Lunatic asylums Punjab 1881-1894 - 1881-1894
Year: 1881
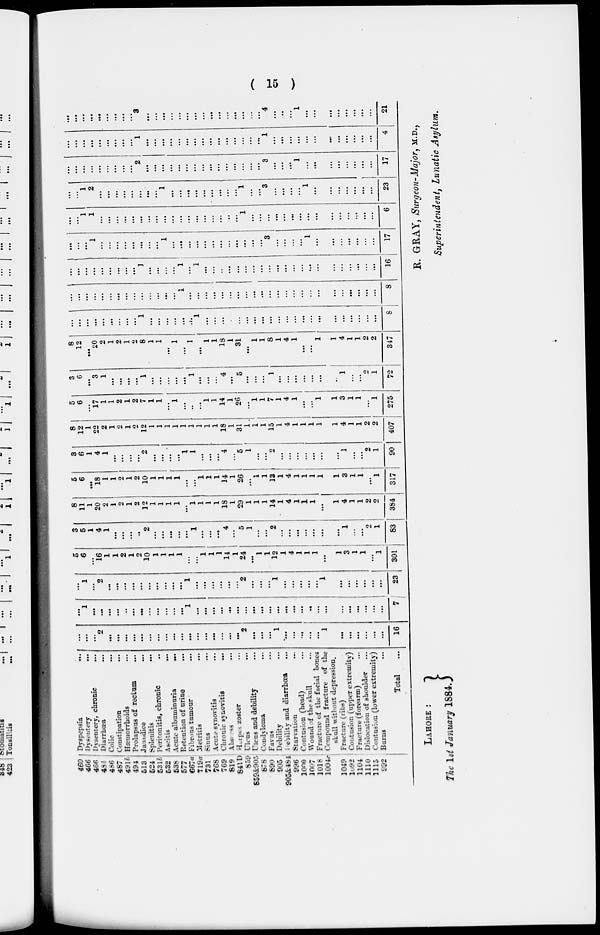
( 15 )
460
466
466
484
486
487
491b
494
513
524
531b
532
536
577
667a
719a
731
768
769
819
841D
859
859&905
878
890
905
905&484
996
1000
1007
1018
1004 c
1049
1092
1104
1110
1115
992
Dyspepsia
...
Dysentery
...
Dysentery, chronic
...
1 Diarrhœa ...
Colic ...
Constipation
...
Hæmorrhoids ...
Prolapsus of rectum ...
Jaundice
...
Splenitis
...
Peritonitis, chronic ...
Ascitis
...
Acute albuminuria
...
Retention of urine ...
Fibrous tumour ...
Metritis
...
Sinus ....
Acute synovitis ...
Chronic synovitis
...
Abseess
...
Herpes zoster ...
Ulcus
...
Ulcus and debility ...
Condyloma ...
Favus ...
Debility ...
Debility and diarrhœa ...
Starvation
...
Contusion (head)
...
Wound of the skull
...
Fracture of the facial bones ...
Compound fracture of the
skull without depression.
Fracture (ribs)
Contusion (upper extremity)
Fracture (forearm) ...
Dislocation of shoulder ...
Contusion (lower extremity)
Burns ...
Total ...
...
...
...
2
...
...
...
...
...
...
...
...
...
...
...
...
...
...
...
...
...
2
...
...
...
1
...
...
...
...
...
1
...
...
...
...
...
...
16
...
1
...
...
...
...
...
...
...
...
...
...
...
...
1
...
...
...
...
...
...
...
...
...
...
...
...
...
...
...
...
...
...
...
...
...
...
...
7
...
1
...
2
...
...
...
...
...
...
...
...
...
...
1
...
...
...
...
...
...
2
...
...
...
1
...
...
...
...
...
1
...
...
...
...
...
...
23
5 6
...
16
1
1
2
1
2
10
1
1
1
1
...
...
1
1
1
14
1
24
...
1
1
12
1
4
1
1
1
...
1
3
1
1
...
1
301
3
5
1
4
1
...
...
...
...
2
...
...
...
...
...
1
...
...
...
4
...
5
1
...
...
2
...
...
...
...
...
...
...
1
...
...
2
1
83
8
11
1
20
2
1
2
1
2
12
1
1
1
1
...
1
1
1
1
18
1
29
1
1
1
14
1
4
1
1
1
...
1
4
1
1
2
2
384
5
6
...
18
1
1
2
1
2
10
1
1
1
1
...
...
1
1
1
14
1
26
...
1
1
13
1
4
1
1
1
1
1
3
1
1
...
1
317
3
6
1
4
1
...
...
...
...
2
...
...
...
...
1
1
...
...
...
4
...
5
1
...
...
2
...
...
...
...
...
...
...
1
...
...
2
1
90
8
12
1
22
2
1
2
1
2
12
1
1
1
1
1
1
1
1
1
18
1
31
1
1
1
15
1
4
1
1
1
1
1
4
1
1
2
2
407
5
6
...
17
1
1
2
1
2
7
1
1
...
1
...
...
...
1
1
14
1
26
...
1
1
7
1
4
1
...
...
1
1
3
1
1
...
1
275
3
6
...
3
1
...
...
...
...
1
...
...
...
...
...
1
...
...
...
4
...
5
...
...
...
1
...
...
...
...
...
...
...
1
...
...
2
1
72
8
12
...
20
2
1
2
1
2
8
1
1
...
1
...
1
...
1
1
18
1
31
...
1
1
8
1
4
1
...
...
1
1
4
1
1
2
2
347
...
...
...
...
...
...
...
...
...
1
...
...
...
...
...
...
1
...
...
...
...
...
...
...
...
...
...
...
...
...
...
...
...
...
...
...
...
...
8
...
...
...
...
...
...
...
...
...
...
...
...
...
...
1
...
...
...
...
...
...
...
...
...
...
...
...
...
...
...
...
...
...
...
...
...
...
...
8
...
...
...
...
...
...
...
...
...
1
...
...
...
...
1
...
1
...
...
...
...
...
...
...
...
...
...
...
...
...
...
...
...
...
...
...
...
...
16
...
...
...
1
...
...
...
...
...
...
...
...
1
...
...
...
...
...
...
...
...
...
...
...
...
3
...
...
...
...
1
...
...
...
...
...
...
...
17
...
...
1
1
...
...
...
...
...
...
...
...
...
...
...
...
...
...
...
...
...
...
1
...
...
...
...
...
...
...
...
...
...
...
...
...
...
...
6
...
...
1
2
...
...
...
...
...
...
...
...
1
...
...
...
...
...
...
...
...
...
1
...
...
3
...
...
...
...
1
...
...
...
...
...
...
...
23
...
...
...
...
...
...
...
...
...
2
...
...
...
...
...
...
...
...
...
...
...
...
...
...
...
3
...
...
...
1
...
...
...
...
...
...
...
...
17
...
...
...
...
...
...
...
...
...
1
...
...
...
...
...
...
...
...
...
...
...
...
...
...
...
1
...
...
...
...
...
...
...
...
...
...
...
...
4
...
...
...
...
...
...
...
...
...
3
...
...
...
...
...
...
...
...
...
...
...
...
...
...
...
4
...
...
...
1
...
...
...
...
...
...
...
...
21
LAHORE :
The 1st January 1884.
R. GRAY, Surgeon-Major, M.D.,
Superintendent, Lunatic Asylum.